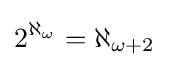
2^{\aleph _{\omega }}=\aleph _{\omega +2}